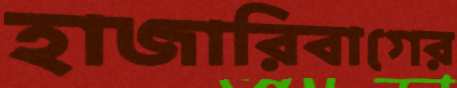
হাজারিবাগের